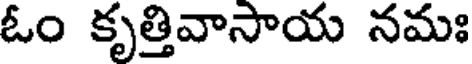
ఓం కృత్తివాసాయ నమః